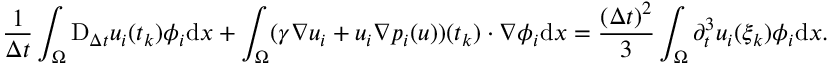
\frac { 1 } { \Delta t } \int _ { \Omega } \mathrm { D } _ { \Delta t } u _ { i } ( t _ { k } ) \phi _ { i } \mathrm { d } x + \int _ { \Omega } ( \gamma \nabla u _ { i } + u _ { i } \nabla p _ { i } ( u ) ) ( t _ { k } ) \cdot \nabla \phi _ { i } \mathrm { d } x = \frac { ( \Delta t ) ^ { 2 } } { 3 } \int _ { \Omega } \partial _ { t } ^ { 3 } u _ { i } ( \xi _ { k } ) \phi _ { i } \mathrm { d } x .